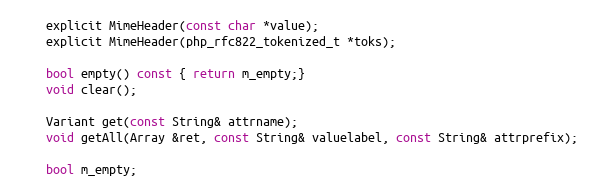
Language: C
    explicit MimeHeader(const char *value);
    explicit MimeHeader(php_rfc822_tokenized_t *toks);

    bool empty() const { return m_empty;}
    void clear();

    Variant get(const String& attrname);
    void getAll(Array &ret, const String& valuelabel, const String& attrprefix);

    bool m_empty;